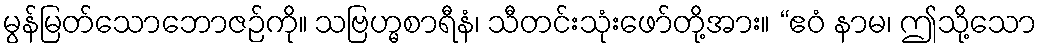
မွန်မြတ်သောဘောဇဉ်ကို။ သဗြဟ္မစာရီနံ၊ သီတင်းသုံးဖော်တို့အား။ “ဧဝံ နာမ၊ ဤသို့သော